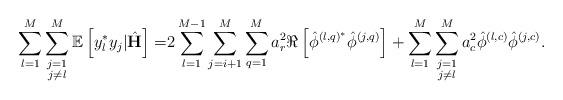
LaTeX: \begin{align*} \sum_{l=1}^M\sum\limits_{\substack{j=1\\j\neq l}}^M\mathbb{E}\left[y_l^* y_j|\hat{\mathbf{H}}\right]=&2\sum_{l=1}^{M-1}\sum_{j=i+1}^{M}\sum_{q=1}^M a_r^2\Re\left[\hat{\phi}^{\left(l,q\right)^*}\hat{\phi}^{\left(j,q\right)}\right]+\sum_{l=1}^M\sum\limits_{\substack{j=1\\j\neq l}}^M a_c^2\hat{\phi}^{\left(l,c\right)}\hat{\phi}^{\left(j,c\right)}.\end{align*}